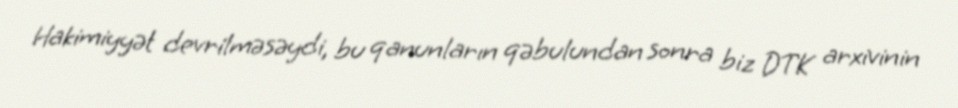
Hakimiyyət devrilməsəydi, bu qanunların qəbulundan sonra biz DTK arxivinin